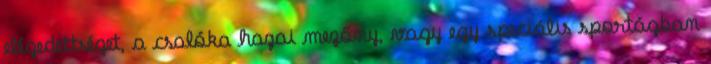
elégedettséget, a csalóka hazai mezőny, vagy egy speciális sportágban